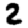
Digit: 2